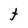
Character: t